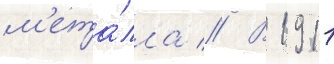
м'ета́лла // В 1911